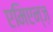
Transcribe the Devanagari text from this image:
एमिएन्ज़